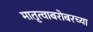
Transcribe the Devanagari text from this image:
मातृत्वाबरोबरच्या